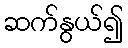
ဆက်နွယ်၍